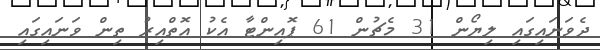
ދެވަނައިގައި ލިޔޯން 31 މެޗުން 61 ޕޮއިންޓާ އެކު އޮތްއިރު ތިން ވަނައިގައި